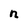
Character: n